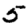
Digit: 5